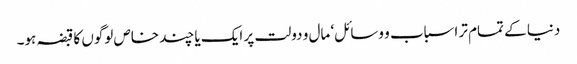
دنیا کے تمام تر اسباب و وسائل‘ مال و دولت پر ایک یا چند خاص لوگوں کا قبضہ ہو۔